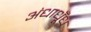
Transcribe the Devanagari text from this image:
अंधाधूँध